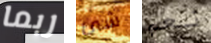
ربما شئ نعم